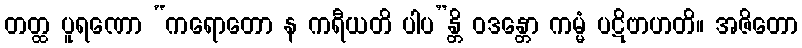
တတ္ထ ပူရဏော “ကရောတော န ကရီယတိ ပါပ”န္တိ ဝဒန္တော ကမ္မံ ပဋိဗာဟတိ။ အဇိတော